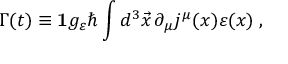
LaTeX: \Gamma ( t ) \equiv { \bf 1 } g _ { \varepsilon } \hbar \int d ^ { 3 } \vec { x } \, \partial _ { \mu } j ^ { \mu } ( x ) \varepsilon ( x ) \; ,